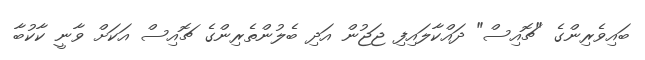
ބައިވެރިންގެ "ޗޮއިސް" ދައްކާލައިފި ޖަޖުން އަދި ބެލުންތެރިންގެ ޗޮއިސް އަކަށް ވާނީ ކާކުބާ